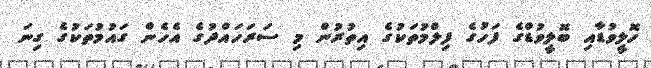
ހޮލީވުޑާއި ބޮލީވުޑްގެ ފަހުގެ ފިލްމުތަކުގެ އިތުރުން މި ސަރަހައްދުގެ އެހެން ގައުމުތަކުގެ ގިނަ